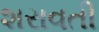
શરાવતી